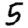
Digit: 5